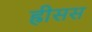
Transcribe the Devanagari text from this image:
ह्रीसस